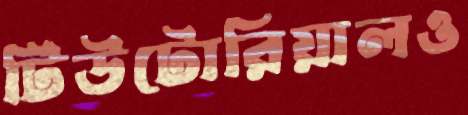
টিউটোরিয়ালও